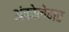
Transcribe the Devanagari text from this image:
अंकोलेमर